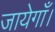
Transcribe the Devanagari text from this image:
जायेगाँ।